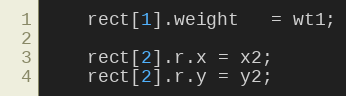
Language: C++
    rect[1].weight   = wt1;

    rect[2].r.x = x2;
    rect[2].r.y = y2;